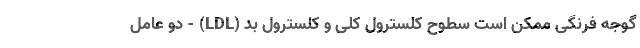
گوجه فرنگی ممکن است سطوح کلسترول کلی و کلسترول بد (LDL) - دو عامل